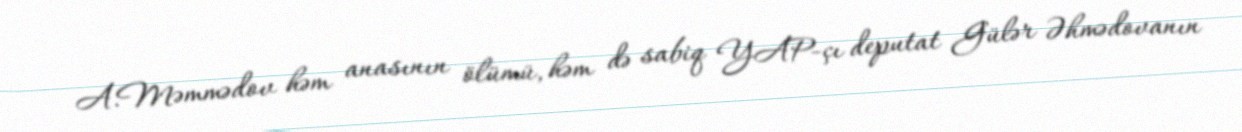
A.Məmmədov həm anasının ölümü, həm də sabiq YAP-çı deputat Gülər Əhmədovanın